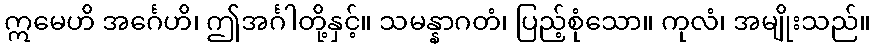
ဣမေဟိ အင်္ဂေဟိ၊ ဤအင်္ဂါတို့နှင့်။ သမန္နာဂတံ၊ ပြည့်စုံသော။ ကုလံ၊ အမျိုးသည်။